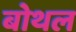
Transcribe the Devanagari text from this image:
बोथल